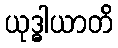
ယုဒ္ဓါယာတိ